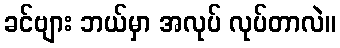
ခင်ဗျား ဘယ်မှာ အလုပ် လုပ်တာလဲ။